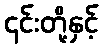
၎င်းတို့နှင့်